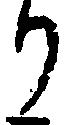
り